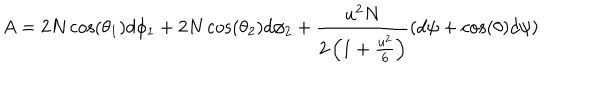
A = 2 N \cos ( \theta _ { 1 } ) d \phi _ { 1 } + 2 N \cos ( \theta _ { 2 } ) d \phi _ { 2 } + \frac { u ^ { 2 } N } { 2 \left( 1 + \frac { u ^ { 2 } } { 6 } \right) } \left( d \psi + \cos ( \theta ) d \psi \right)